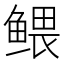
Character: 鳂